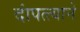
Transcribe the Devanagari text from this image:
दांपत्त्याने